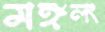
মঙ্গলং